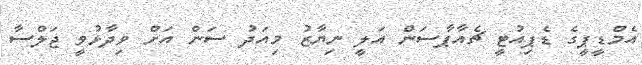
އެމްޑީޕީގެ ޑެޕިއުޓީ ޗެއާޕާސަން އަލީ ނިޔާޒު މިއަދު ސަން އަށް ވިދާޅުވީ ޖަލްސާ